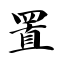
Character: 置